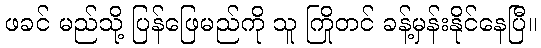
ဖခင် မည်သို့ ပြန်ဖြေမည်ကို သူ ကြိုတင် ခန့်မှန်းနိုင်နေပြီ။